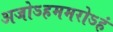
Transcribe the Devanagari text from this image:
अजोऽहममरोऽहं